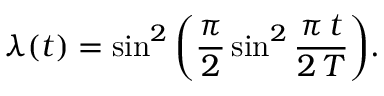
\lambda ( t ) = { \sin ^ { 2 } \left( \frac { \pi } { 2 } \sin ^ { 2 } \frac { \pi \, t } { 2 \, T } \right) } .